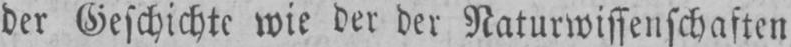
der Geschichte wie der der Naturwissenschaften